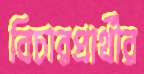
বিচারপ্রার্থীর